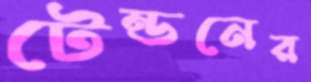
টেন্ডনের